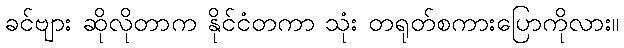
ခင်ဗျား ဆိုလိုတာက နိုင်ငံတကာ သုံး တရုတ်စကားပြောကိုလား။